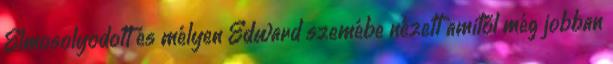
Elmosolyodott és mélyen Edward szemébe nézett amitől még jobban